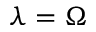
\lambda = \Omega